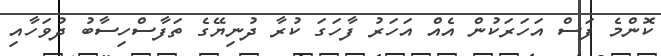
ކޮންމެ ފަސް އަހަރަކުން އެއް އަހަރު ފާހަގަ ކުރާ ދުނިޔޭގެ ތަފާސްހިސާބު ދުވަހާއި